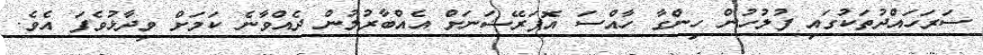
ސަރަހައްދުތަކުގައި ފުލުހުން ހިންގާ ހާއްސަ އޮޕަރޭޝަނަށް އެއްބާރުލުން ދެއްވާނެ ކަމަށް ވިދާޅުވެފަ އެވެ.